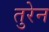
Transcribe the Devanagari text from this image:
तुरेन